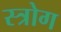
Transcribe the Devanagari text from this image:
स्त्रोग